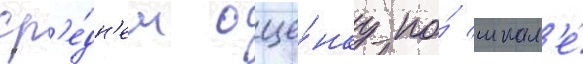
ср'е́дн'ем оце́нку по́ шкал'е́